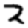
Digit: 2